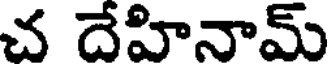
చ దేహినామ్